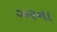
ઝરના